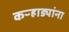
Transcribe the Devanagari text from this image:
कऱ्हाड्यांना